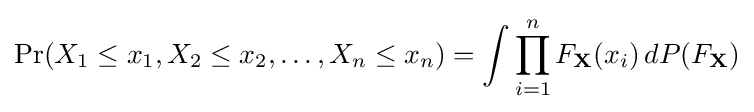
\Pr(X_{1}\leq x_{1},X_{2}\leq x_{2},\ldots ,X_{n}\leq x_{n})=\int \prod _{i=1}^{n}F_{\mathbf {X} }(x_{i})\,dP(F_{\mathbf {X} })